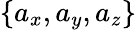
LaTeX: \{ a_{x},a_{y},a_{z}\}